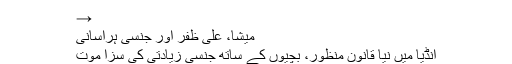
→
میشا، علی ظفر اور جنسی ہراسانی
انڈیا میں نیا قانون منظور، بچیوں کے ساتھ جنسی زیادتی کی سزا موت